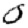
Digit: 0